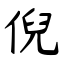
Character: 倪